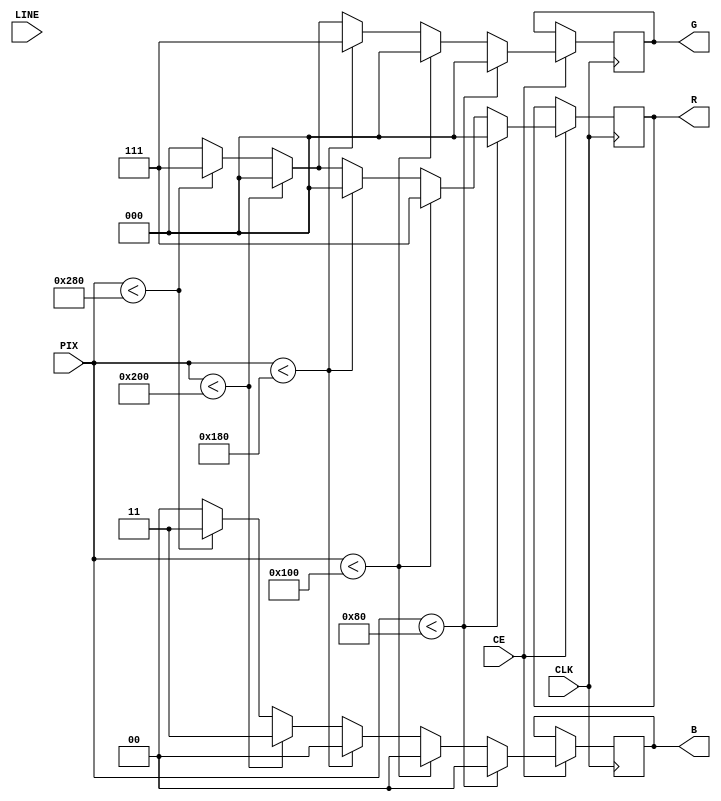
module img_src (
	input CLK,
	input CE,
	input [9:0] PIX,
	input [9:0] LINE,
	output reg [2:0] R,
	output reg [2:0] G,
	output reg [1:0] B
);


always @(posedge CLK)
	if (CE)
		if (PIX < 128) begin
			R <= 3'd0; 
			G <= 3'd0;
			B <= 2'd0;
		end
		else if (PIX < 256) begin
			R <= 3'd7; 
			G <= 3'd0;
			B <= 2'd0;
		end
		else if (PIX < 384) begin
			R <= 3'd0; 
			G <= 3'd7;
			B <= 2'd0;
		end
		else if (PIX < 512) begin
			R <= 3'd0; 
			G <= 3'd0;
			B <= 2'd3;
		end
		else if (PIX < 640) begin
			R <= 3'd7; 
			G <= 3'd7;
			B <= 2'd3;
		end
		else begin
			R <= 3'd0; 
			G <= 3'd0;
			B <= 2'd0;
		end


endmodule